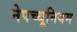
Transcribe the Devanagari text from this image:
नेपच्थूनियम